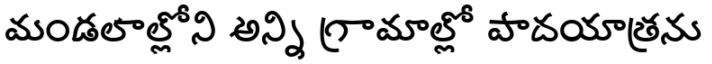
మండలాల్లోని అన్ని గ్రామాల్లో పాదయాత్రను